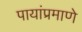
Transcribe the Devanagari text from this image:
पायांप्रमाणे